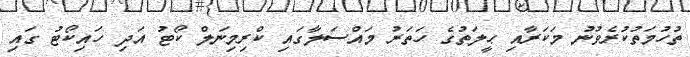
ތުހުމަތުކުރެވުނު މަކަރާއި ޙީލަތުގެ ހަތަރު މައްސަލާގައި ކްރިމިނަލް ކޯޓު އަދި ހައިކޯޓު ގައި